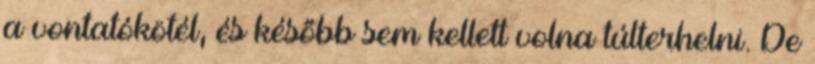
a vontatókötél, és később sem kellett volna túlterhelni. De